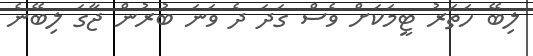
ލިބޭ ހަތަރު ޓީމަކަށް ވެސް ގަދަ ދެ ވަނަ ބުރުން ޖާގަ ލިބޭނެ